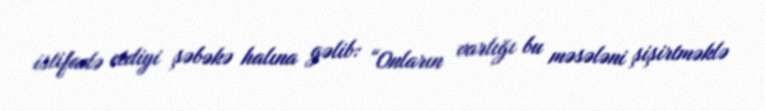
istifadə etdiyi şəbəkə halına gəlib: “Onların varlığı bu məsələni şişirtməklə